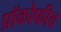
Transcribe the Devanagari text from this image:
प्रॉकोफीव